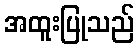
အထူးပြုသည်